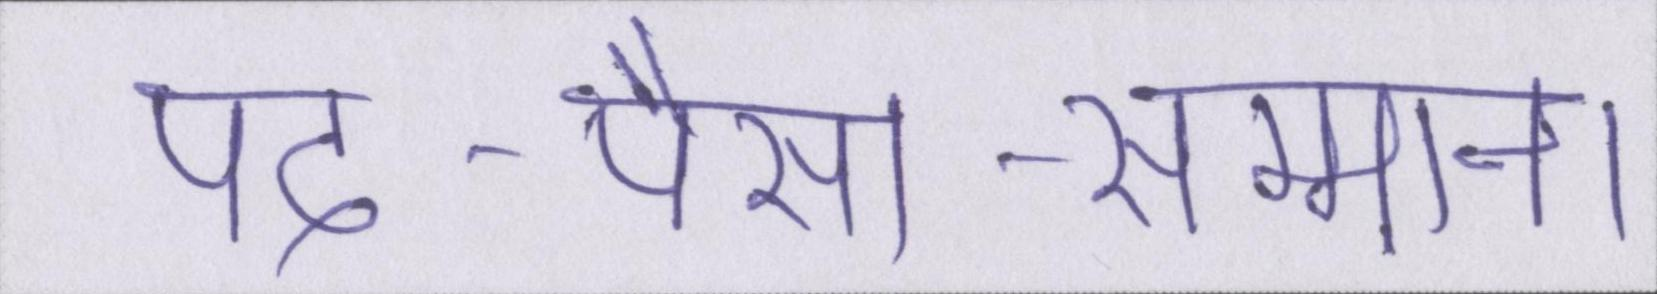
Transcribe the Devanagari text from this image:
पद-पैसा-सम्मान।